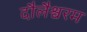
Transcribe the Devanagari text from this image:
दौलैश्वरम